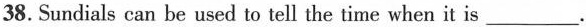
38. Sundials can be used to tell the time when it is _____.